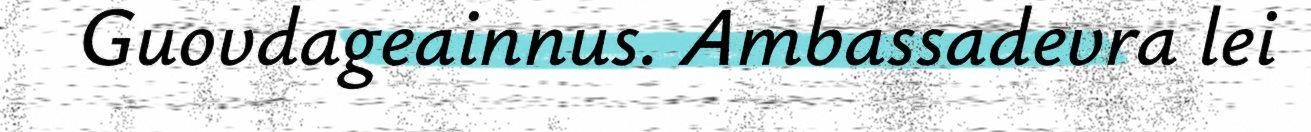
Guovdageainnus. Ambassadevra lei